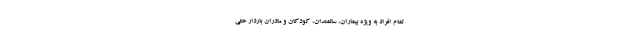
تمام افراد به ویژه بیماران، سالمندان، کودکان و مادران باردار حتی